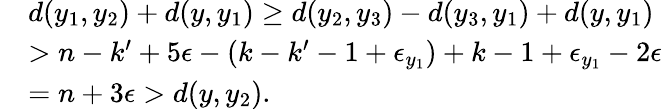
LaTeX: \begin{array}{rl}&{d(y_{1},y_{2})+d(y,y_{1})\geq d(y_{2},y_{3})-d(y_{3},y_{1})+d(y,y_{1})}\\ &{>n-k^{\prime}+5\epsilon-(k-k^{\prime}-1+\epsilon_{y_{1}})+k-1+\epsilon_{y_{1}}-2\epsilon}\\ &{=n+3\epsilon>d(y,y_{2}).}\end{array}